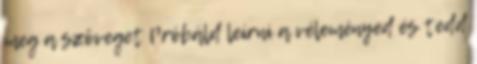
meg a szöveget Próbáld leírni a véleményed és tedd